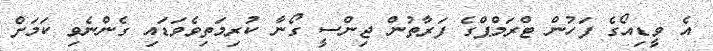
އެ ވީޑިއޯގެ ފަހުން ޓްރަމްޕްގެ ފަރާތުން ޖިންސީ ގޯނާ ކުރިމަތިވެވަޑައި ގެންނެވި ކަމަށް